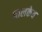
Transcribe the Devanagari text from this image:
चालकेव